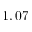
1 , 0 7